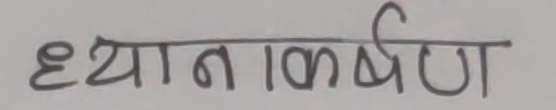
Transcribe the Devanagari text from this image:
ध्यानकर्षण